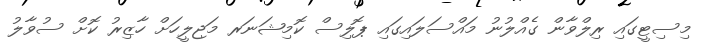
މިސިޓީގައި ރިލްވާން ގެއްލުނު މައްސަލައިގައި ޕޮލިސް ކޮމިޝަނަރ މަޖިލީހަށް ހާޒިރު ކޮށް ސުވާލު